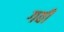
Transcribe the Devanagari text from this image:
गवी